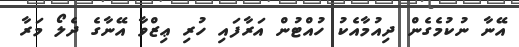
އޭނާ ނުކުމެގެން ދިއުމާއެކު ހުއްޓުން އަރާފައި ހުރި ޢިޒްވާ އޭނާގެ ދެލޯ މަރާ